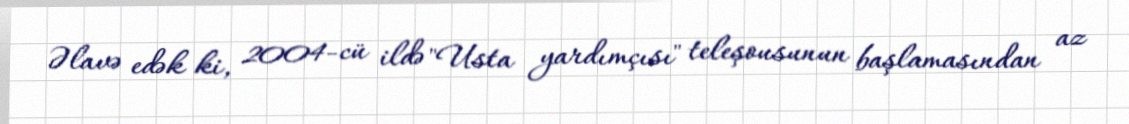
Əlavə edək ki, 2004-cü ildə "Usta yardımçısı" teleşousunun başlamasından az